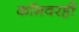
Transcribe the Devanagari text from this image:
कॉमवरही